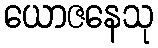
ယောဇနေသု